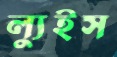
ল্যুইস